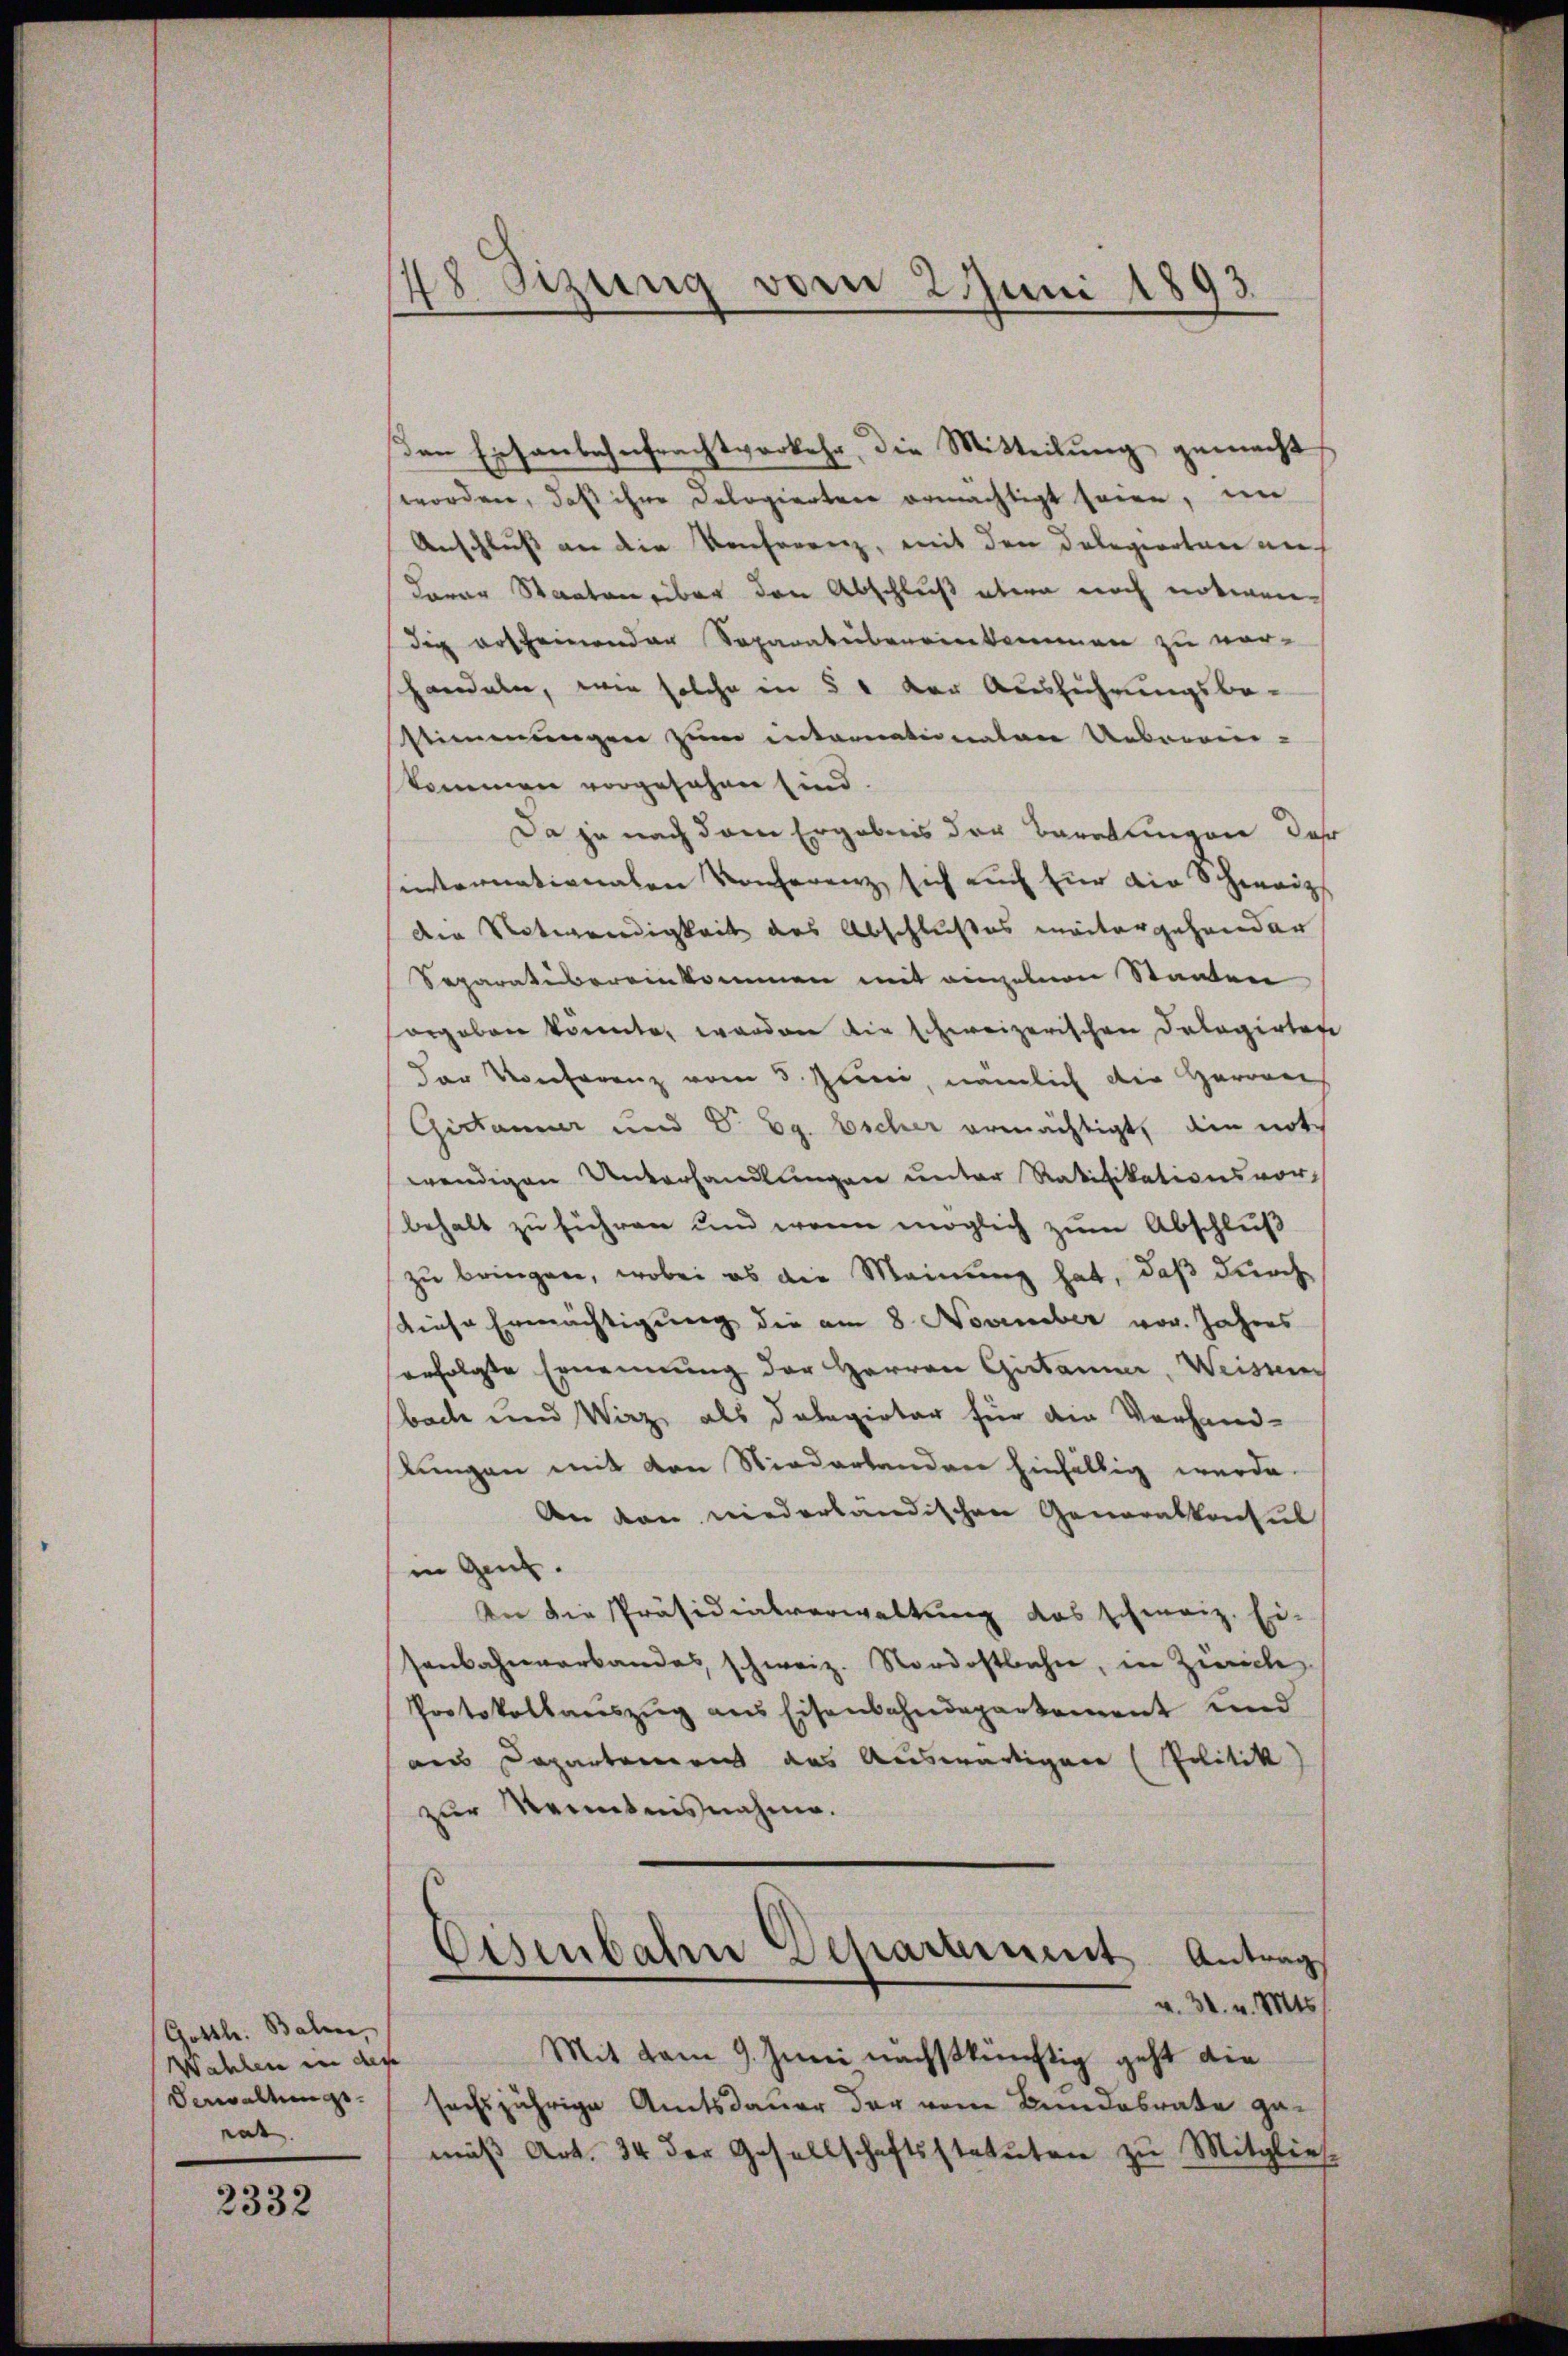
Gottl. Balen,
Wahlen in der
Verwaltungs-
eide |

2332

48 Sizung vom 2. Juni 1893.

den Eisenbahnfrachtverkehr, die Mitteilung gemacht
worden, daß ihre Dologierter ermächtigt seien, in
Anschluß an die Konferenz, mit den Delegiertare neh
Larar Staaten über den Abschluß abern noch notwendie erscheinenden Separatuibereinkommen zu vor-
handeln, wie solche in § 1 der Ausführungsbe-
Stimmungen zum internationalen Ueberein-
kommen vorgesehen sind.
Da ja nach dem Ergebnis der Beratungen das
internationalen Konferenz sich auch für die Schweiz
den Notwendigkeit des Abschlußes weitergehender
Separativereinkommen mit eingenen Staaten
orgeben konnten worden die schweizerischen Dalagirten
der Konferenz vom 3. Juni, nämlich die Herren
Gictamier und V. Eg. Escher ermächtigt, die not
wendigen Unterhandlungen unter Ratifikationsvor-
behalt zu führen und wenn möglich zum Abschluß
zu bringen, wobei es die Meinung hat, daß durch
diese Ermächtigung die am 8. November vor. Jahres
sorfolgte Ernennung der Herren Gitanner, Weisung
bache und Wirz als Delegirter für die Vorhand-
lungen mit den Niederlanden hinfällig werde.
An den niederländischen Generalkonsul
in Gent.
An die Präsidialverwaltung das schweiz. Ei-
senbahnverbandes schweiz. Nordostbahne, in Zürich
Protokollaŭszŭg ans Eisenbahndepartement und
dus Departement des Auswärtigen (Politik
zur Kenntnisnahme.
Eisenbahre Departement Antrag
v. 31. v. Mts.
Mit vom 9. Juni nächstkünftig geht die
sechsjährige Amtsdauer der vom Bundesrate gemäβ Art. 34 der Gesellschaftsstatuten zu Mitglies